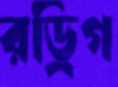
রড্রিগ